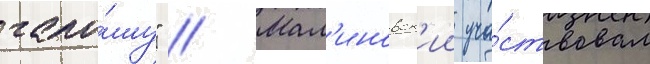
гало́шу" // Мал'иновск'ии уча́ствовал